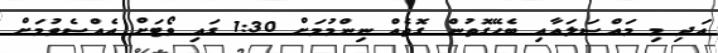
އަދި މި މައްސަލައާއި ބެހޭގޮތުން ގޮތެއް ނިންމުމަށް 1:30 ގައި ވޯޓަށް އެއްސެވުމަށް